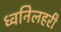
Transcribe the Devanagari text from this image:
ध्वनिलहरी